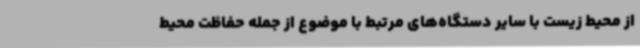
از محیط زیست با سایر دستگاه‌های مرتبط با موضوع از جمله حفاظت محیط